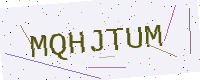
Text: MQHJTUM